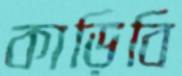
কাড়িবি